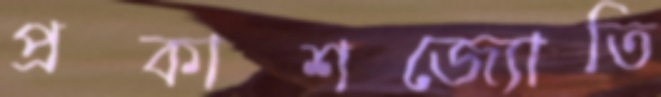
প্রকাশজ্যোতি